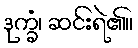
ဒုက္ခံ၊ ဆင်းရဲ၏။